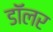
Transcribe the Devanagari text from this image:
डॉॅलर